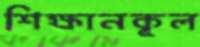
শিক্ষানকূল